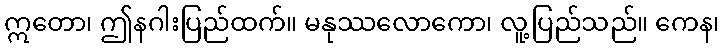
ဣတော၊ ဤနဂါးပြည်ထက်။ မနုဿလောကော၊ လူ့ပြည်သည်။ ကေန၊